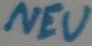
Text: NEU